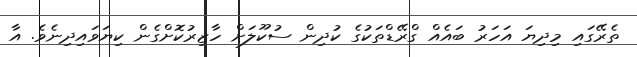
ތެރޭގައި މިދިޔަ އަހަރު ބައެއް ގްރޭޑްތަކުގެ ކުދިން ސުކޫލަށް ހާޒިރުކޮށްގެން ކިޔަވައިދިނެވެ. އާ